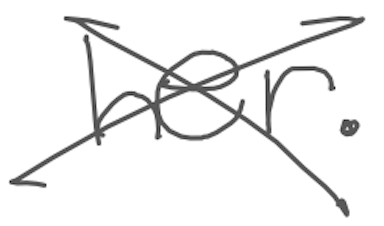
Text: her.
Cross-out: cross
Writing tool: digital_gray